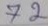
72